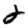
Digit: 2